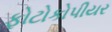
ફોટોકોપીયર